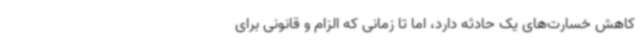
کاهش خسارت‌های یک حادثه دارد، اما تا زمانی که الزام و قانونی برای